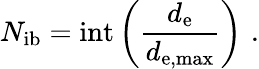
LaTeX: N_{\mathrm{ib}}=\mathrm{int}\left(\frac{d_{\mathrm{e}}}{d_{\mathrm{e,max}}}\right)\, \, .